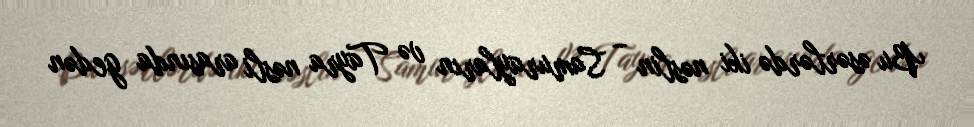
Bu əsərlərdə iki nəslin – Samurayların və Tayra nəsli arasında gedən